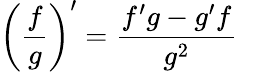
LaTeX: \left({\frac{f}{g}}\right)^{\prime}={\frac{f^{\prime}g-g^{\prime}f}{g^{2}}}\quad